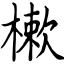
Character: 樕